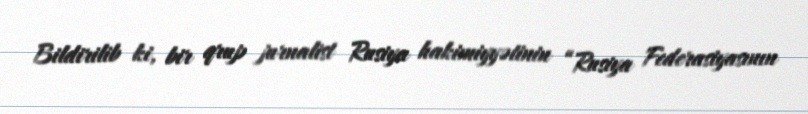
Bildirilib ki, bir qrup jurnalist Rusiya hakimiyyətinin “Rusiya Federasiyasının